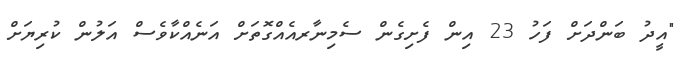
"އީދު ބަންދަށް ފަހު 23 އިން ފެށިގެން ސެމިނާރއެއްގޮތަށް އަނެއްކާވެސް އަލުން ކުރިޔަށް